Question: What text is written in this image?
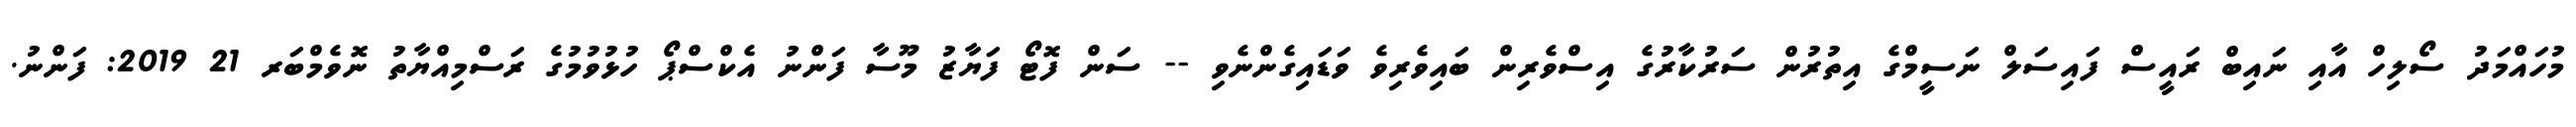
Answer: މުހައްމަދު ސޯލިހް އާއި ނައިބް ރައީސް ފައިސަލް ނަސީމްގެ އިތުރުން ސަރުކާރުގެ އިސްވެރިން ބައިވެރިވެ ވަޑައިގެންނެވި -- ސަން ފޮޓޯ ފަޔާޒު މޫސާ ފަންނު އެކްސްޕޯ ހުޅުވުމުގެ ރަސްމިއްޔާތު ނޮވެމްބަރ 21 2019: ފަންނު.